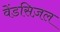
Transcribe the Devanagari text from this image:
वेंडसिज़ल